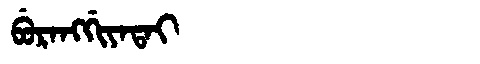
Manchu: ᠪᡠᡵᠠᠩᡤᡳᠶᠠᡨᠠᡳ
Romanization: BURANGGIYATAI